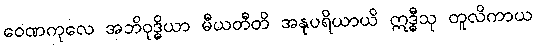
ဝေဏကုလေ အဘိဝုဒ္ဓိယာ မီယတီတိ အနုပရိယာယိ ဣဒ္ဓီသု တူလိကာယ